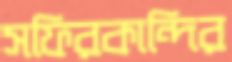
সফিরকান্দির